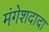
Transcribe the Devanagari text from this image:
मंगेशदादा